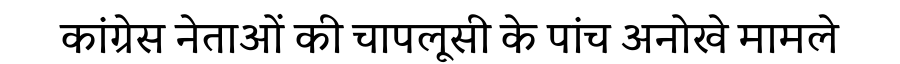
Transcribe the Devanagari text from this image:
कांग्रेस नेताओं की चापलूसी के पांच अनोखे मामले